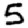
Digit: 5